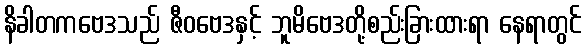
နိခါတကဗေဒသည် ဇီဝဗေဒနှင့် ဘူမိဗေဒတို့စည်းခြားထားရာ နေရာတွင်